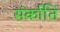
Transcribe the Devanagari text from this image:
संर्काति